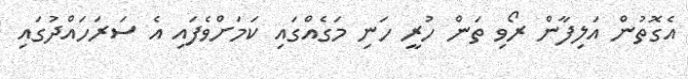
އެގޮތުން އަލިފާން ރޯވި ތަން ހުރީ ހަނި މަގެއްގައި ކަމަށްވެފައި އެ ސަރަހައްދުގައި